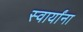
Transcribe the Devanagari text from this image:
स्वार्यांना